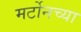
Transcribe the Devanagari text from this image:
मर्टोनच्या